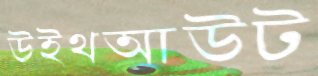
উইথআউট